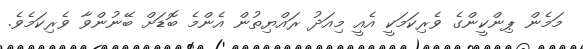
މަމެން ޕިންކީންގެ ވެރިކަމަކީ އެއީ މިއަދު ރައްޔިތުން އެންމެ ބޮޑަށް ބޭނުންވާ ވެރިކަމެވެ.